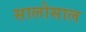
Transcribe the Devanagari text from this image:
सालोसाल